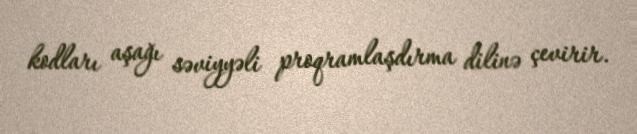
kodları aşağı səviyyəli proqramlaşdırma dilinə çevirir.